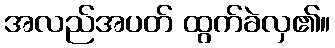
အလည်အပတ် ထွက်ခဲလှ၏။